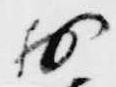
於